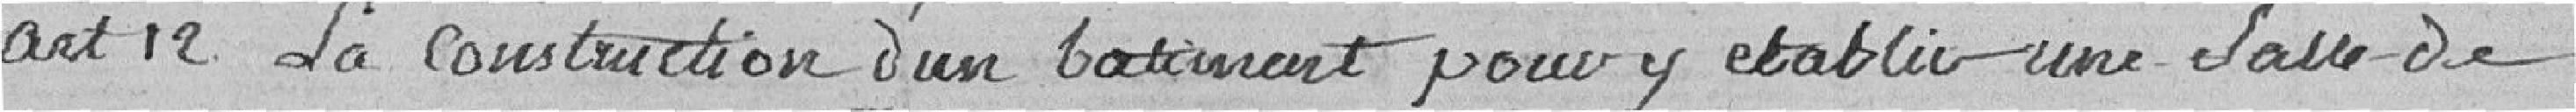
art 12 La construction d'un bâtiment pour y établir une salle de